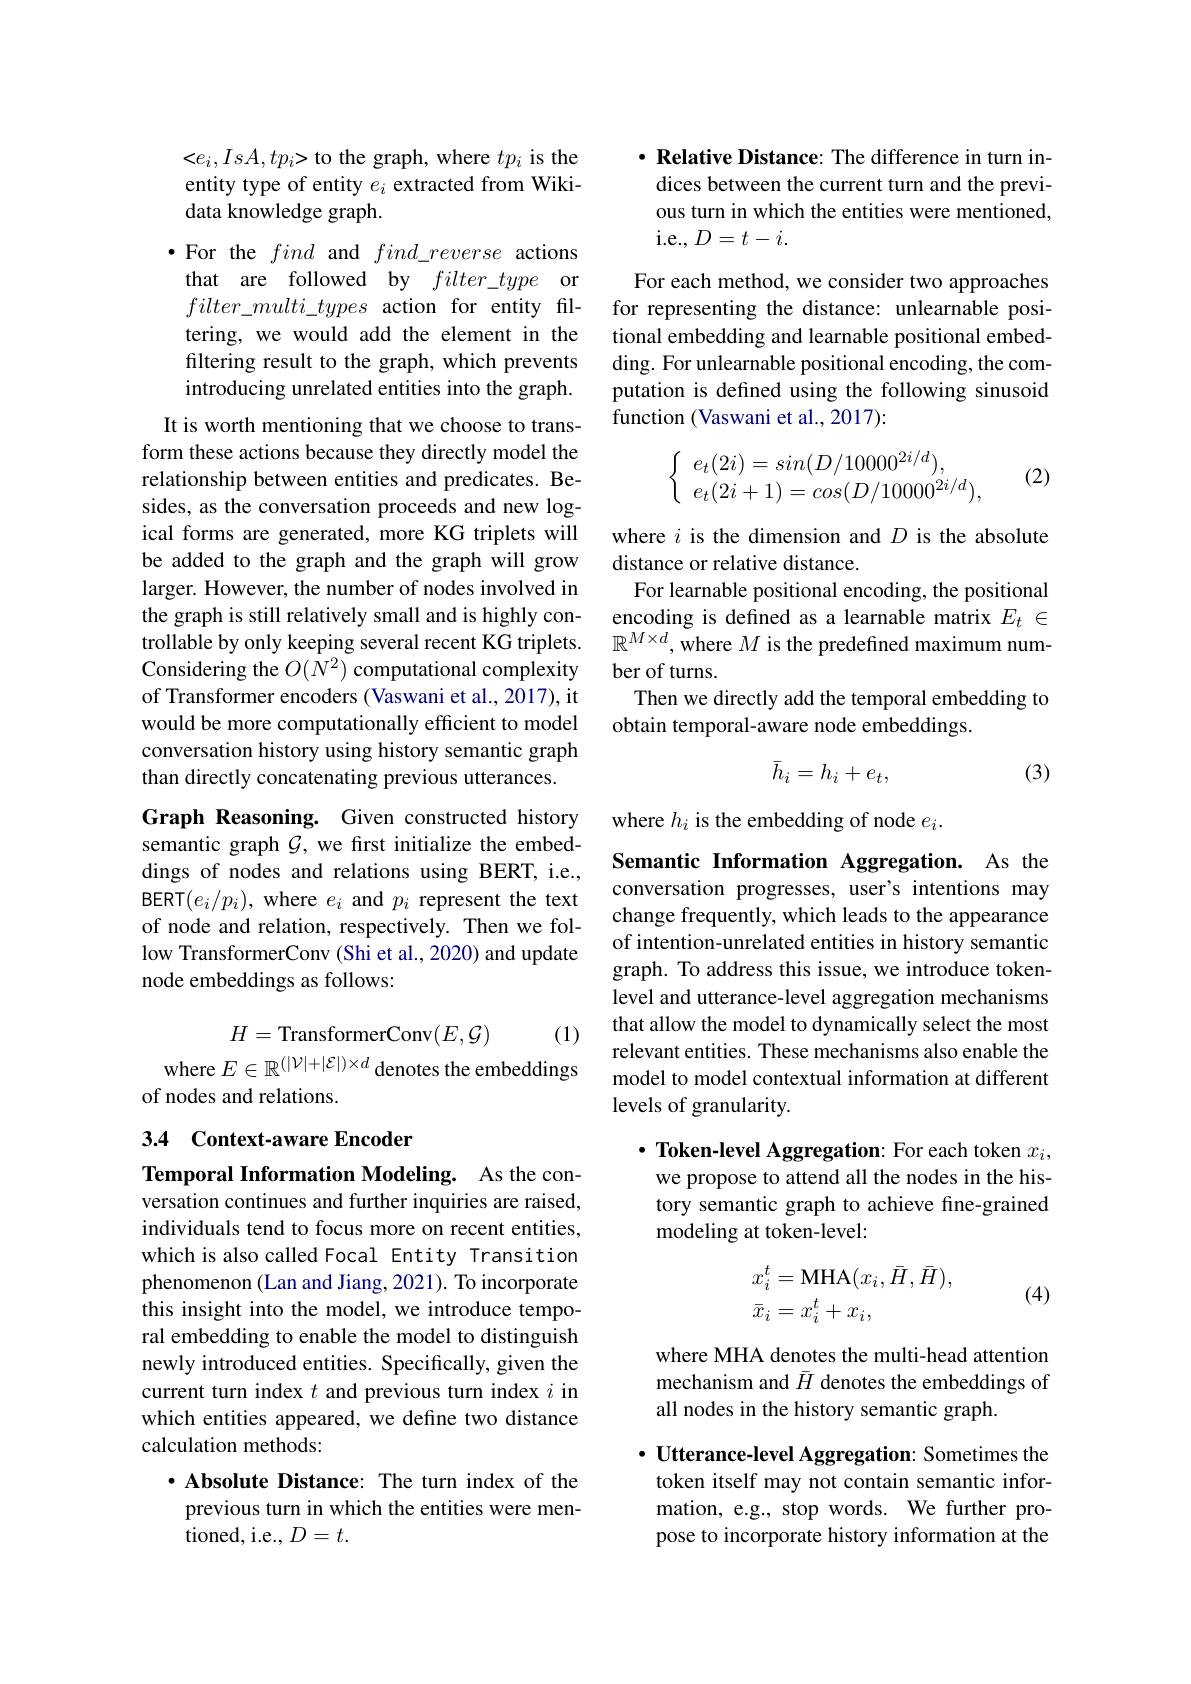
$< e_i, IsA, tp_i\textbf{> to the graph, where }tp_i$ is the entity type of entity $e_i$ extracted from Wikidata knowledge graph.

$\bullet$For the find and $find\_reverse$ actions that are followed by $filter\_type$ or $filter\_multi\_types$ action for entity filtering, we would add the element in the filtering result to the graph, which prevents introducing unrelated entities into the graph.

It is worth mentioning that we choose to transform these actions because they directly model the relationship between entities and predicates. Besides, as the conversation proceeds and new logical forms are generated, more KG triplets will be added to the graph and the graph will grow larger. However, the number of nodes involved in the graph is still relatively small and is highly controllable by only keeping several recent KG triplets. $\mathbb{R}^{M\times d}$,where $M$ is the predefined maximum num-
Considering the $O(N^{2})$ computational complexity of Transformer encoders (Vaswani et al., 2017), it would be more computationally efficient to model conversation history using history semantic graph than directly concatenating previous utterances.

Graph Reasoning. Given constructed history semantic graph $\mathcal{G}$, we first initialize the embeddings of nodes and relations using BERT, i.e., BERT$(e_i/p_i)$, where $e_i$ and $p_i$ represent the text of node and relation, respectively. Then we follow TransformerConv (Shi et al., 2020) and update node embeddings as follows:
$$H=\text{TransformerConv}(E,\mathcal{G})$$
(1)
where $E\in\mathbb{R}^{(|\mathcal{V}|+|\mathcal{E}|)\times d}$ denotes the embeddings

of nodes and relations.

## 3.4 Context-aware Encoder

Temporal Information Modeling. As the conversation continues and further inquiries are raised, individuals tend to focus more on recent entities, which is also called Focal Entity Transition phenomenon (Lan and Jiang, 2021). To incorporate this insight into the model, we introduce temporal embedding to enable the model to distinguish newly introduced entities. Specifically, given the current turn index $t$ and previous turn index $i$ in which entities appeared, we define two distance calculation methods:

$\cdot$ Absolute Distance: The turn index of the previous turn in which the entities were mentioned, i.e., $D=t.$

$\cdot \textbf{Relative Distance: The difference in turn in- }$ dices between the current turn and the previous turn in which the entities were mentioned, i.e.,$D=t-i.$

For each method, we consider two approaches for representing the distance: unlearnable positional embedding and learnable positional embedding. For unlearnable positional encoding, the computation is defined using the following sinusoid function (Vaswani et al., 2017):
$$\left\{\begin{array}{l}e_t(2i)=sin(D/10000^{2i/d}),\\e_t(2i+1)=cos(D/10000^{2i/d}),\end{array}\right.$$
(2)

where $i$ is the dimension and $D$ is the absolute
distance or relative distance.
For learnable positional encoding, the positional encoding is defined as a learnable matrix $E_t\in$ ber of turns.
Then we directly add the temporal embedding to
obtain temporal-aware node embeddings.
$$\bar h_i=h_i+e_t,$$
(3)

where $h_i$ is the embedding of node $e_i.$

Semantic Information Aggregation. As the conversation progresses, user's intentions may change frequently, which leads to the appearance of intention-unrelated entities in history semantic graph. To address this issue, we introduce tokenlevel and utterance-level aggregation mechanisms that allow the model to dynamically select the most relevant entities. These mechanisms also enable the model to model contextual information at different levels of granularity.

$\cdot$ Token-level Aggregation: For each token $x_i$, we propose to attend all the nodes in the history semantic graph to achieve fine-grained modeling at token-level:
$$\begin{aligned}x_i^t&=\text{MHA}(x_i,\bar{H},\bar{H}),\\\bar{x}_i&=x_i^t+x_i,\end{aligned}$$
(4)

where MHA denotes the multi-head attention mechanism and $\bar{H}$ denotes the embeddings of all nodes in the history semantic graph.

$\cdot$ Utterance-level Aggregation: Sometimes the token itself may not contain semantic information, e.g., stop words. We further propose to incorporate history information at the